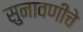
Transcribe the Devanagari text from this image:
सुनावणीचे